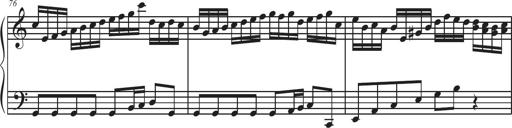
Title: Sonatina Espania
Composer: Jerald Franklin Archer
Key: Various